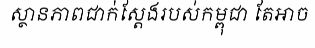
ស្ថានភាពជាក់ស្តែងរបស់កម្ពុជា តែអាច